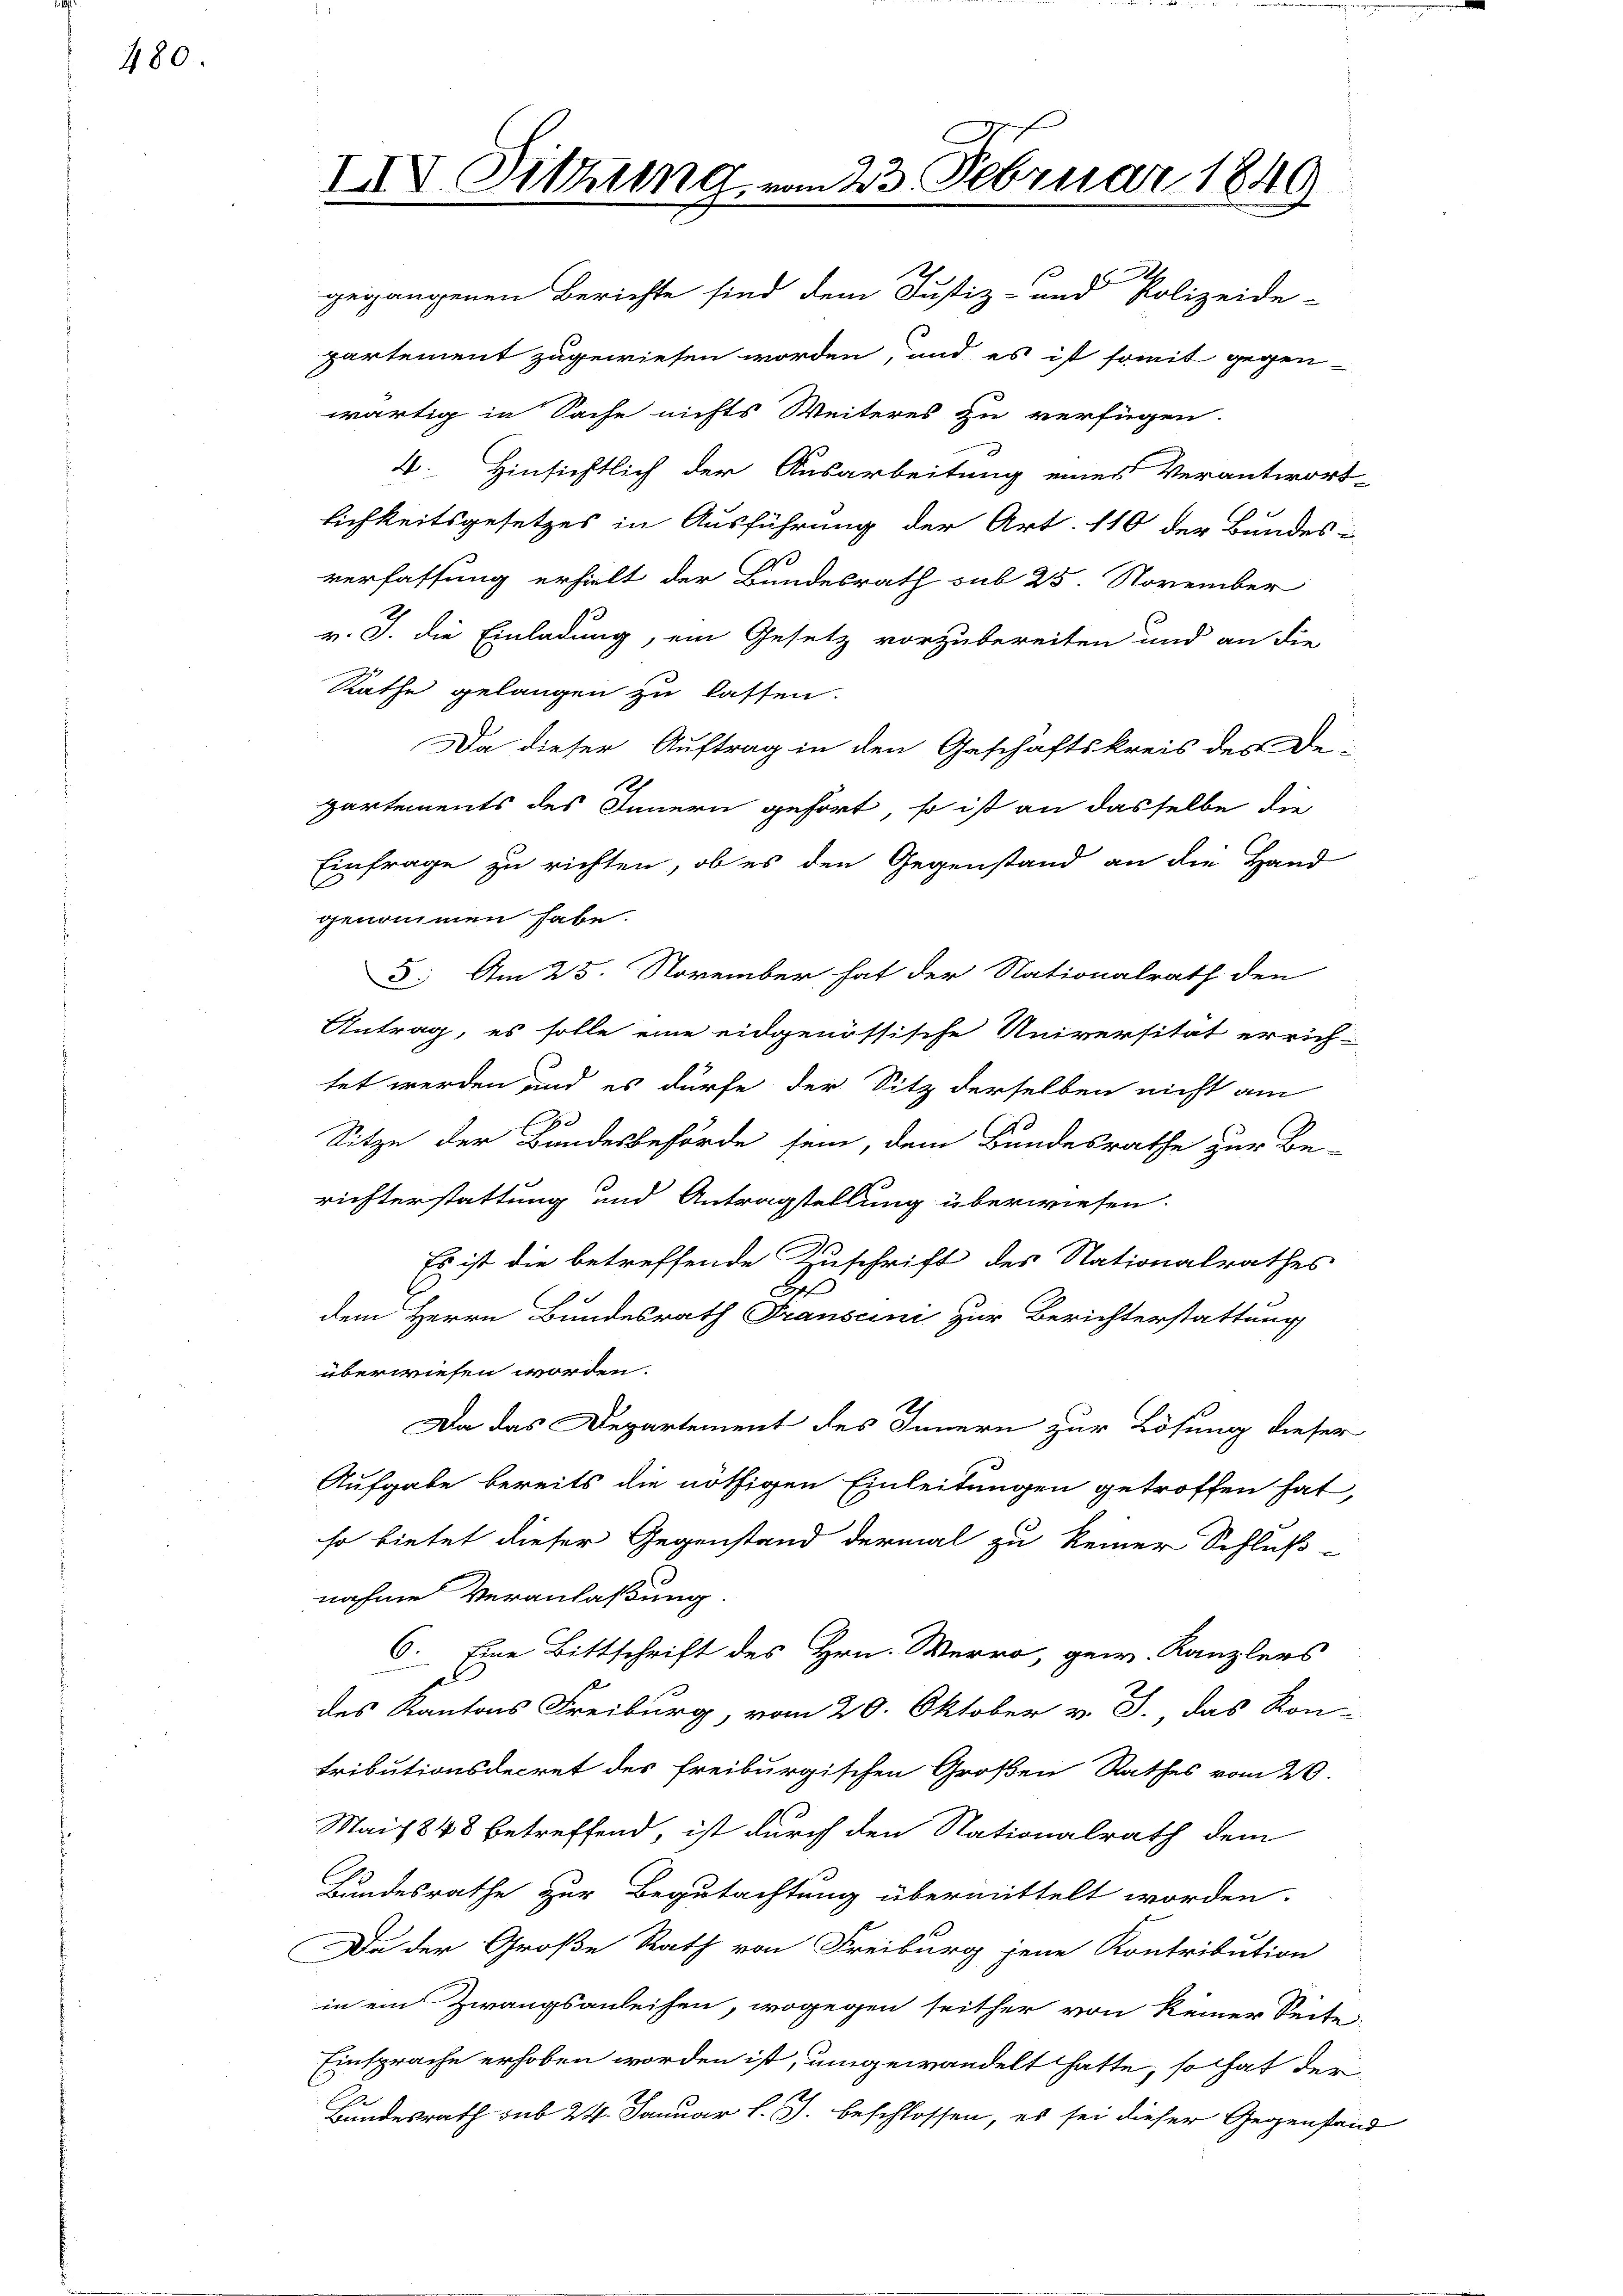
480.

partement zugewiesen worden, und es ist somit gegen-
wärtig in Sache nichts Weiteres zu verfügen.
4. Hinsichtlich der Ausarbeitung eines Verantwort-
1
lichkeitsgesetzes in Ausführung der Art. 110 der Bandes-
verfassung erhielt der Bundesrath sub 25. November
v. J. die Einladung, ein Gesetz vorzubereiten und an die
Rathe gelangen zu lassen.
Da dieser Auftrag in den Geschäftskreis des De-
partements des Innern gefort, so ist an dasselbe die
Einfrage zu richten, ob es den Gegenstand an die Hand
genommen habe.
5. Am 25. November hat der Nationalrath den
Antrag, es solle eine eidgenössische Universität errich-
tet werden und es dürfe der Sitz derselben nicht am
2.
Sitze der Bundesbehörde sein, dem Bundesrathe zur Be-
richterstattung und Antragstellung überwiesen.
Es ist die betreffende Zuschrift des Stationalrathes
B
dem Herrn Bundesrath Franscini zur Berichterstattung
überwiesen worden.
Da das Departement des Innern zur Lösung dieser
Aufgabe bereits die nöthigen Einleitungen getroffen hat,
so bietet dieser Gegenstand dermal zu keiner Schluß-
nahme Veranlaßung
6. Eine Bittschrift des Hrn. Werro, gew. Kanzlers
des Kantons Freiburg, vom 20. Oktober v. J. das Kon-
Tributionsdecret des Freiburgischen Großen Rathes vom 20.
Mai 1848 betreffend, ist durch den Nationalrath dem
Bundesrathe zur Begutachtung übermittelt worden.
Da der Große Rath von Freiburg jene Kontribution
in ein Zwangsanleisen, wogegen seither von keiner Seite
Einsprache erhoben worden ist, umgewandelt hatte, so hat der
Bundesrath sub 24. Januar l. J. beschlossen, es sei dieser Gegenstand

IIV. Sitzung vom 23. Februar 1849
gegangenen Berichte sind dem Justiz- und Polizeide-